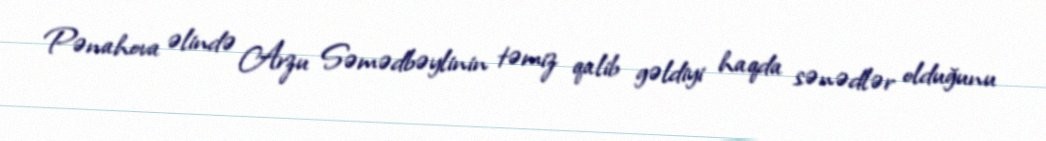
Pənahova əlində Arzu Səmədbəylinin təmiz qalib gəldiyi haqda sənədlər olduğunu